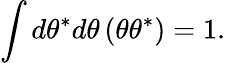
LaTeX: \int d\theta^{*}d\theta\, (\theta\theta^{*})=1.